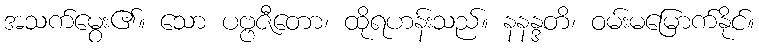
အသက်မွေး၏။ သော ပဗ္ဗဇီတော၊ ထိုရဟန်းသည်။ နနန္ဒတိ၊ ဝမ်းမမြောက်နိုင်။